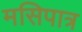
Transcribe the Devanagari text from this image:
मसिपात्र